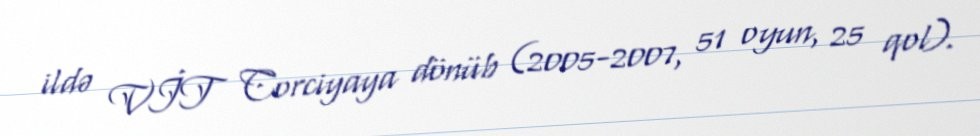
ildə VİT Corciyaya dönüb (2005-2007, 51 oyun, 25 qol).